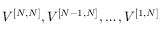
V ^ { [ { N } , { N } ] } , V ^ { [ { N - 1 } , { N } ] } , \ldots , V ^ { [ { 1 } , { N } ] }